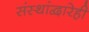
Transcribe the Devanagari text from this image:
संस्थांद्वारेही